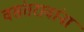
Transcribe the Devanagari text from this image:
वसंतरावांना